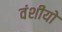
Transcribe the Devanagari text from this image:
वंशीयो